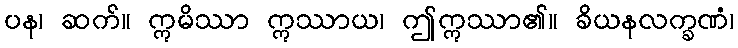
ပန၊ ဆက်။ ဣမိဿာ ဣဿာယ၊ ဤဣဿာ၏။ ခိယနလက္ခဏံ၊